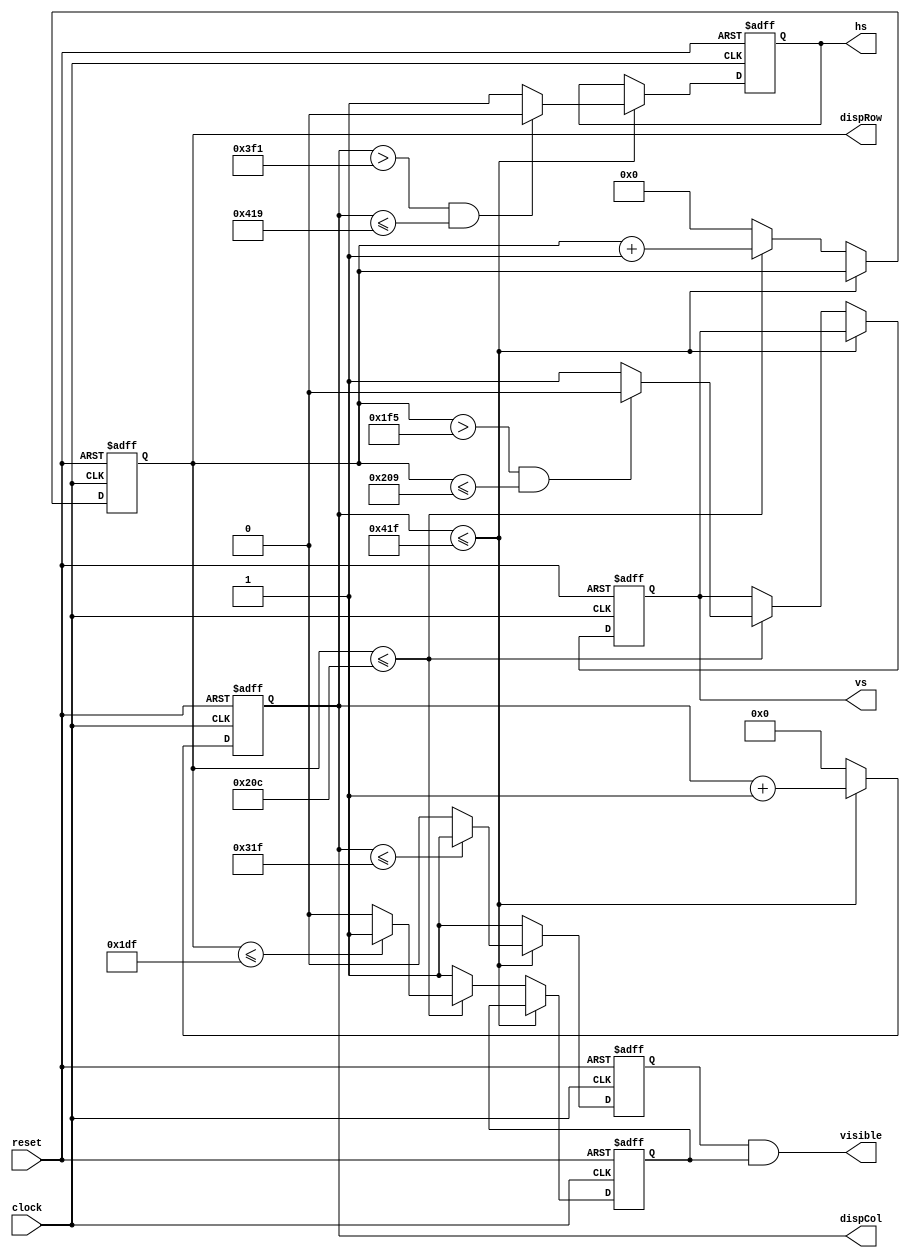
module vgaController(
	clock,
	reset,
	dispCol,
	dispRow,
	visible,
	hs,
	vs);
	
	input clock;
	input reset;
	output reg [11:0] dispCol;
	output reg [10:0] dispRow;
	output visible;
	output reg hs;
	output reg vs;
	
	
	// 72 Hz 800 x 600 VGA - 50MHz clock 
	/*parameter HOR_FIELD = 799; 
	parameter HOR_STR_SYNC = 855; 
	parameter HOR_STP_SYNC = 978; 
	parameter HOR_TOTAL = 1042; 
	parameter VER_FIELD = 599; 
	parameter VER_STR_SYNC = 636; 
	parameter VER_STP_SYNC = 642; 
	parameter VER_TOTAL = 665;*/
	
	//56 Hz 1280 x 1024 VGA - 100MHz clock
	/*parameter HOR_FIELD = 1279; 
	parameter HOR_STR_SYNC = 1327; 
	parameter HOR_STP_SYNC = 1439; 
	parameter HOR_TOTAL = 1687; 
	parameter VER_FIELD = 1023; 
	parameter VER_STR_SYNC = 1024; 
	parameter VER_STP_SYNC = 1027; 
	parameter VER_TOTAL = 1065;*/
	
	//60 Hz 1024 x 768 VGA - 65MHz clock
	/*parameter HOR_FIELD = 1023; 
	parameter HOR_STR_SYNC = 1047; 
	parameter HOR_STP_SYNC = 1183; 
	parameter HOR_TOTAL = 1343; 
	parameter VER_FIELD = 767; 
	parameter VER_STR_SYNC = 770; 
	parameter VER_STP_SYNC = 776; 
	parameter VER_TOTAL = 805;*/
	
	//.. Hz 800 x 480 LCD - 33MHz clock
	parameter HOR_FIELD = 799; 
	parameter HOR_STR_SYNC = 1009;
	parameter HOR_STP_SYNC = 1049; 
	parameter HOR_TOTAL = 1055; 
	parameter VER_FIELD = 479; 
	parameter VER_STR_SYNC = 501; 
	parameter VER_STP_SYNC = 521; 
	parameter VER_TOTAL = 524;
	
	reg horVisible;
	reg verVisible;
	assign visible = horVisible & verVisible;
	
	always @ (posedge clock or posedge reset)
	begin
		if (reset)
		begin
			dispCol = 0;
			dispRow = 0;
			hs = 0;
			vs = 0;
			horVisible = 0;
			verVisible = 0;
		end
		else
		begin
			if (dispCol <= HOR_TOTAL)
			begin
				horVisible = ((dispCol <= HOR_FIELD) ? 1 : 0);
				hs = ((dispCol > HOR_STR_SYNC && dispCol <= HOR_STP_SYNC) ? 0 : 1);
				
				dispCol = dispCol + 1;
			end
			else //einde van regel. reset horizontale counter en tel vertical counter op
			begin
				dispCol = 0;
				horVisible = 1;
				
				if (dispRow <= VER_TOTAL)
				begin
					verVisible = ((dispRow <= VER_FIELD) ? 1 : 0);
					vs = ((dispRow > VER_STR_SYNC && dispRow <= VER_STP_SYNC) ? 0 : 1);
					
					dispRow = dispRow + 1;
				end
				else
				begin
					dispRow = 0;
					verVisible = 1;
				end
			end
		end
	end
endmodule